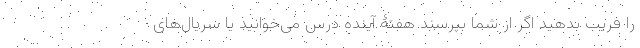
را فریب بدهید اگر از شما بپرسند هفتۀ آینده درس می‌خوانید یا سریال‌های